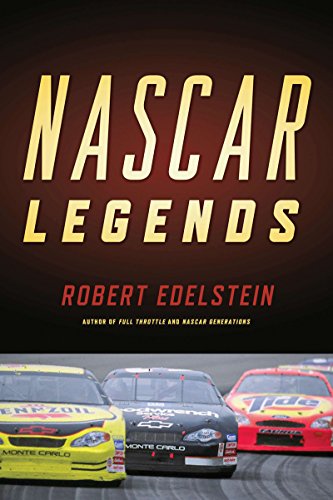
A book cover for Nascar Legends: Memorable Men, Moments, and Machines in Racing History; Robert Edelstein; Sports & Outdoors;